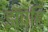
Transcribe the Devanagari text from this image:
झँपहि